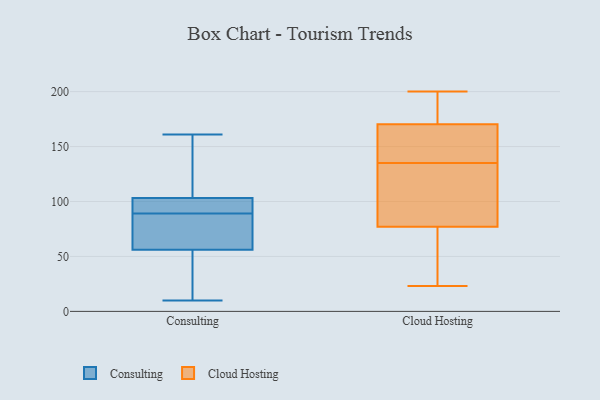
{"axis": {"x": "Market Share (%)", "y": "Value"}, "legend": ["Cloud Hosting", "Consulting"], "data": [{"x": "", "y": 155, "type": "Consulting"}, {"x": "", "y": 99, "type": "Consulting"}, {"x": "", "y": 89, "type": "Consulting"}, {"x": "", "y": 44, "type": "Consulting"}, {"x": "", "y": 40, "type": "Consulting"}, {"x": "", "y": 60, "type": "Consulting"}, {"x": "", "y": 161, "type": "Consulting"}, {"x": "", "y": 93, "type": "Consulting"}, {"x": "", "y": 107, "type": "Consulting"}, {"x": "", "y": 10, "type": "Consulting"}, {"x": "", "y": 102, "type": "Consulting"}, {"x": "", "y": 67, "type": "Consulting"}, {"x": "", "y": 72, "type": "Consulting"}, {"x": "", "y": 122, "type": "Cloud Hosting"}, {"x": "", "y": 200, "type": "Cloud Hosting"}, {"x": "", "y": 135, "type": "Cloud Hosting"}, {"x": "", "y": 76, "type": "Cloud Hosting"}, {"x": "", "y": 80, "type": "Cloud Hosting"}, {"x": "", "y": 192, "type": "Cloud Hosting"}, {"x": "", "y": 23, "type": "Cloud Hosting"}, {"x": "", "y": 66, "type": "Cloud Hosting"}, {"x": "", "y": 153, "type": "Cloud Hosting"}, {"x": "", "y": 176, "type": "Cloud Hosting"}, {"x": "", "y": 145, "type": "Cloud Hosting"}]}